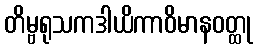
တိမ္ဗရုသကဒါယိကာဝိမာနဝတ္ထု